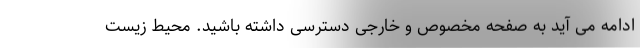
ادامه می آید به صفحه مخصوص و خارجی دسترسی داشته باشید. محیط زیست